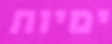
ימיות